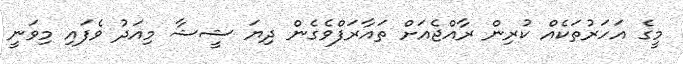
މީގެ އަހަރުތަކެއް ކުރިން ރާއްޖެއަށް ތައާރަފްވެގެން ދިޔަ ޝީޝާ މިއަދު ވެފައި މިވަނީ